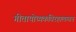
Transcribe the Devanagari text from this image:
गीतायोध्यकविरहालम्बन